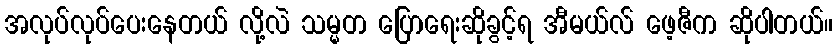
အလုပ်လုပ်ပေးနေတယ် လို့လဲ သမ္မတ ပြောရေးဆိုခွင့်ရ အီမယ်လ် ဖေ့ဇီက ဆိုပါတယ်။